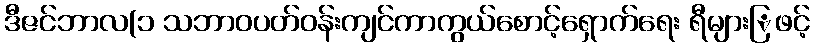
ဒီဇင်ဘာလ(၁ သဘာဝပတ်ဝန်းကျင်ကာကွယ်စောင့်ရှောက်ရေး ရီများြဖင့်